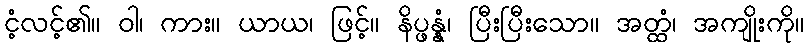
ငံ့လင့်၏။ ဝါ၊ ကား။ ယာယ၊ ဖြင့်။ နိပ္ဖန္နံ၊ ပြီးပြီးသော။ အတ္ထံ၊ အကျိုးကို။